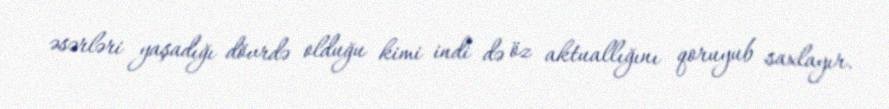
əsərləri yaşadığı dövrdə olduğu kimi indi də öz aktuallığını qoruyub saxlayır.